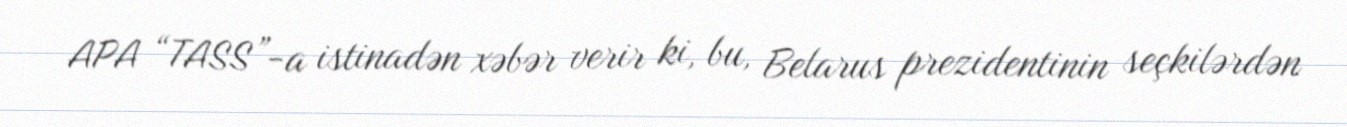
APA “TASS”-a istinadən xəbər verir ki, bu, Belarus prezidentinin seçkilərdən